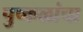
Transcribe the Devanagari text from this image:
पुष्कळांचा